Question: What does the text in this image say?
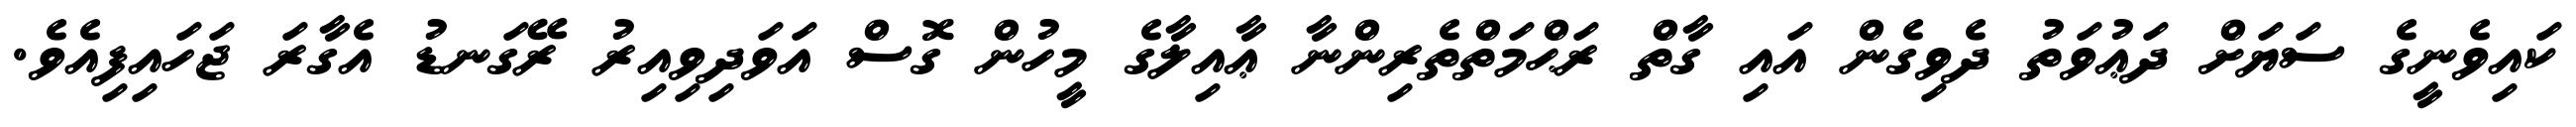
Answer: ކައިވެނީގެ ސަޔަށް ދަޢުވަތު ދެވިގެން އައި ގާތް ރަޙްމަތްތެރިންނާ ޢާއިލާގެ މީހުން ގޮސް އަވަދިވިއިރު ރޭގަނޑު އެގާރަ ޖަހައިފިއެވެ.